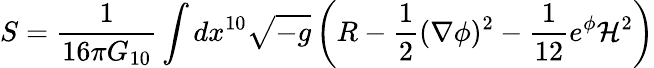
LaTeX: S={\frac{1}{16\pi G_{10}}}\int dx^{10}\sqrt{-g}\left(R-{\frac{1}{2}}(\nabla\phi)^{2}-{\frac{1}{12}}e^{\phi}{\cal H}^{2}\right)